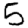
Digit: 5